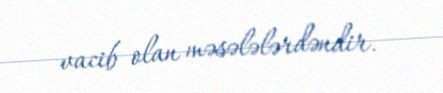
vacib olan məsələlərdəndir.